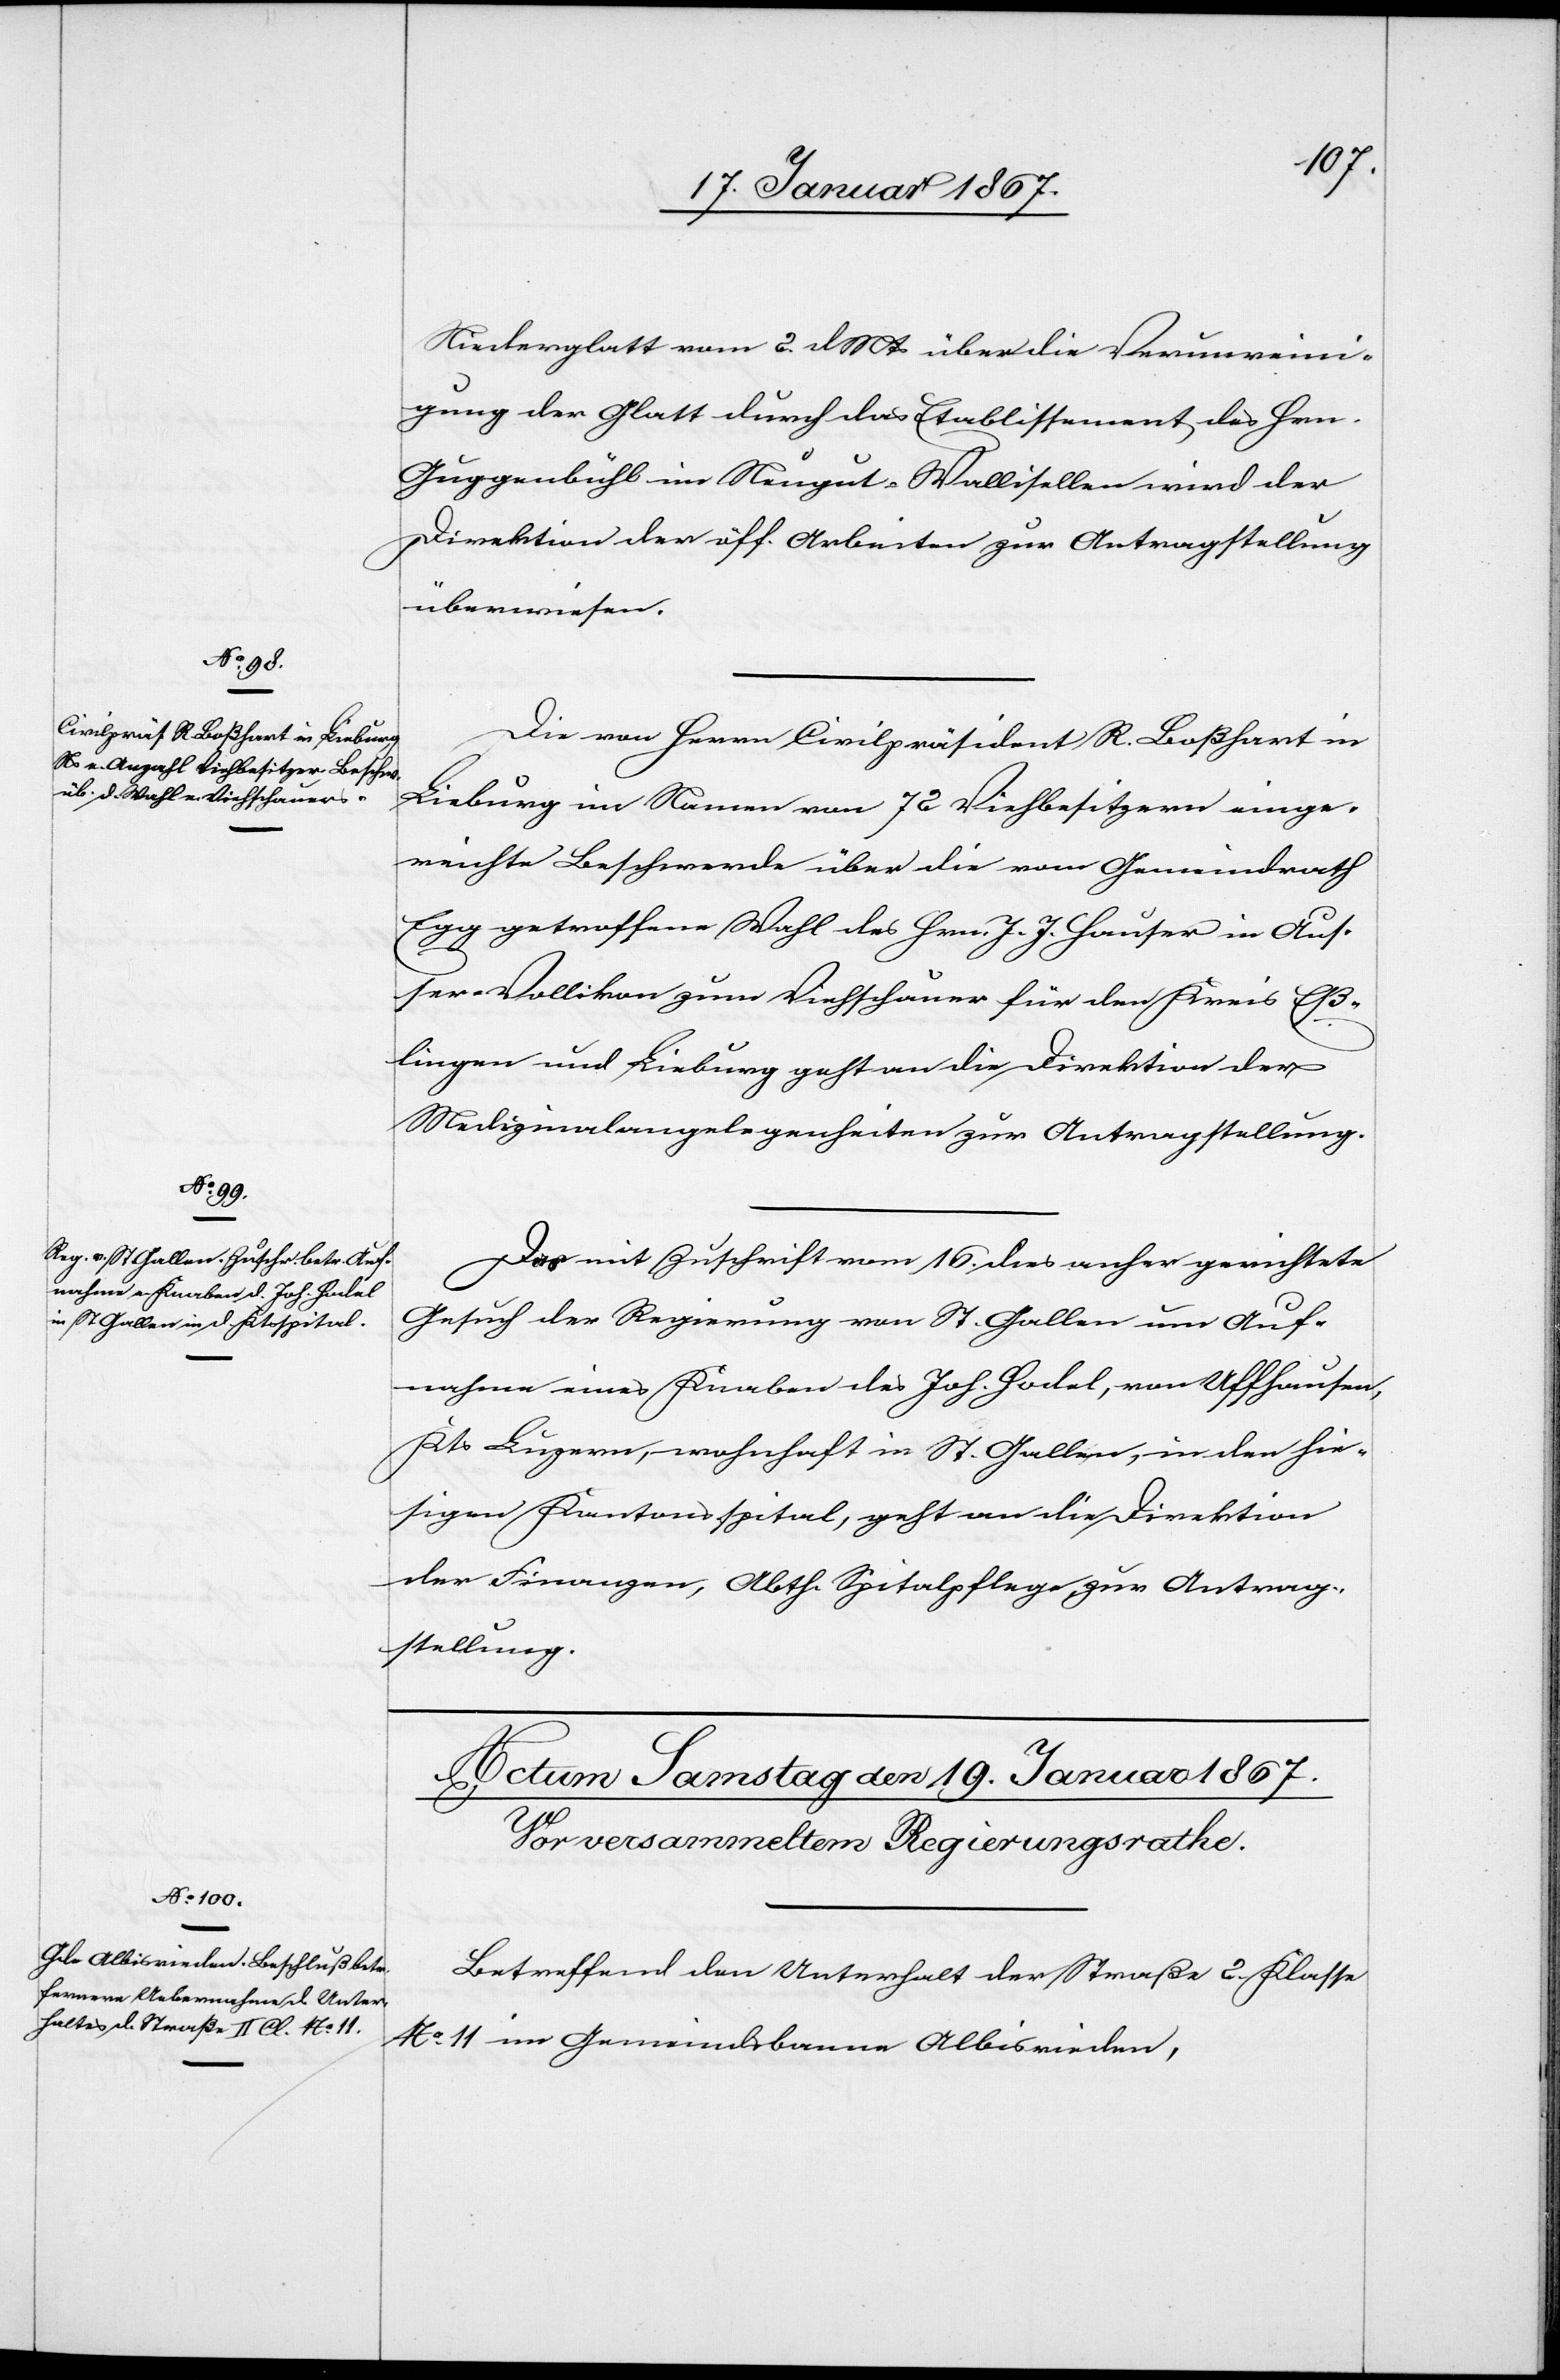
18. Januar 1867.]
Niederglatt vom 2. d. Mts über die Verunreini¬
gung der Glatt durch das Etablissement des Hrn.
Guggenbühl im Neugut, Wallisellen wird der
Direktion der öff. Arbeiten zur Antragstellung
überwiesen.
Die von Herrn Civilpräsident R. Bosshart in
Lieburg im Namen von 72 Viehbesitzern einge¬
reichte Beschwerde über die vom Gemeinderath
Egg getroffene Wahl des Hrn. J. J. Hauser in Aus¬
ser-Vollikon zum Viehschauer für den Kreis Eß¬
lingen und Lieburg geht an die Direktion der
Medizinalangelegenheiten zur Antragstellung.
Das mit Zuschrift vom 16. dies anher gerichtete
Gesuch der Regierung von St. Gallen um Auf¬
nahme eines Knaben des Joh. Hodel, von Uffhausen,
Kts. Luzern, wohnhaft in St. Gallen, in den hie¬
sigen Kantonsspital, geht an die Direktion
der Finanzen, Abth. Spitalpflege zur Antrag¬
stellung.
Betreffend den Unterhalt der Straße 2. Klasse
No 11 im Gemeindsbanne Albisrieden,